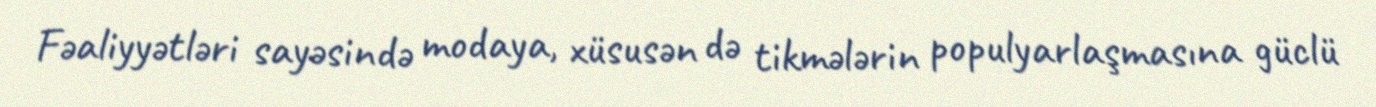
Fəaliyyətləri sayəsində modaya, xüsusən də tikmələrin populyarlaşmasına güclü